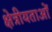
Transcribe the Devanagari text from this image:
क्षेत्रीयताओं